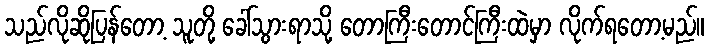
သည်လိုဆိုပြန်တော့ သူတို့ ခေါ်သွားရာသို့ တောကြီးတောင်ကြီးထဲမှာ လိုက်ရတော့မည်။